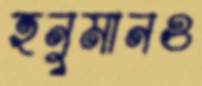
হনুমানও